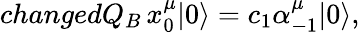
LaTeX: changedQ_{B}\, x_{0}^{\mu}|0\rangle=c_{1}\alpha_{-1}^{\mu}|0\rangle,